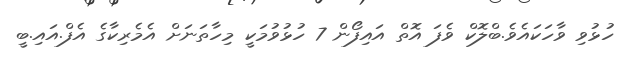
ހުޅުވި ވާހަކައެވެ.ބްލޮކް ވެފަ އޮތް އައިފޯން 7 ހުޅުވުމަކީ މިހާތަނަށް އެމެރިކާގެ އެފް.އައި.ބީ